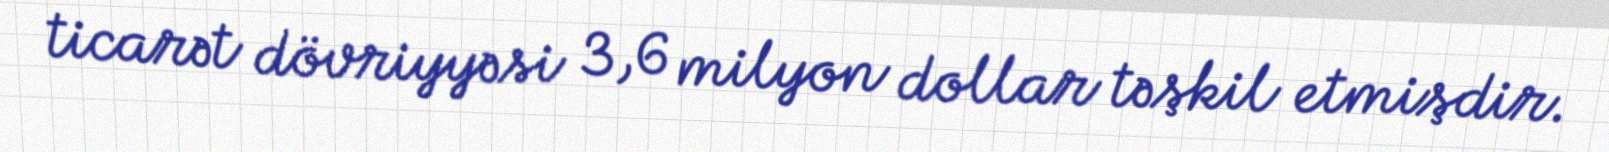
ticarət dövriyyəsi 3,6 milyon dollar təşkil etmişdir.